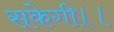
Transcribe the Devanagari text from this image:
सकेगी।।